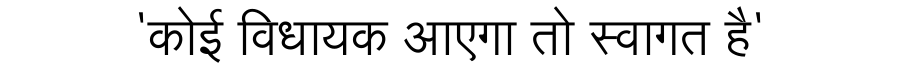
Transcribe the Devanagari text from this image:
'कोई विधायक आएगा तो स्वागत है'